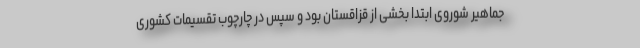
جماهیر شوروی ابتدا بخشی از قزاقستان بود و سپس در چارچوب تقسیمات کشوری